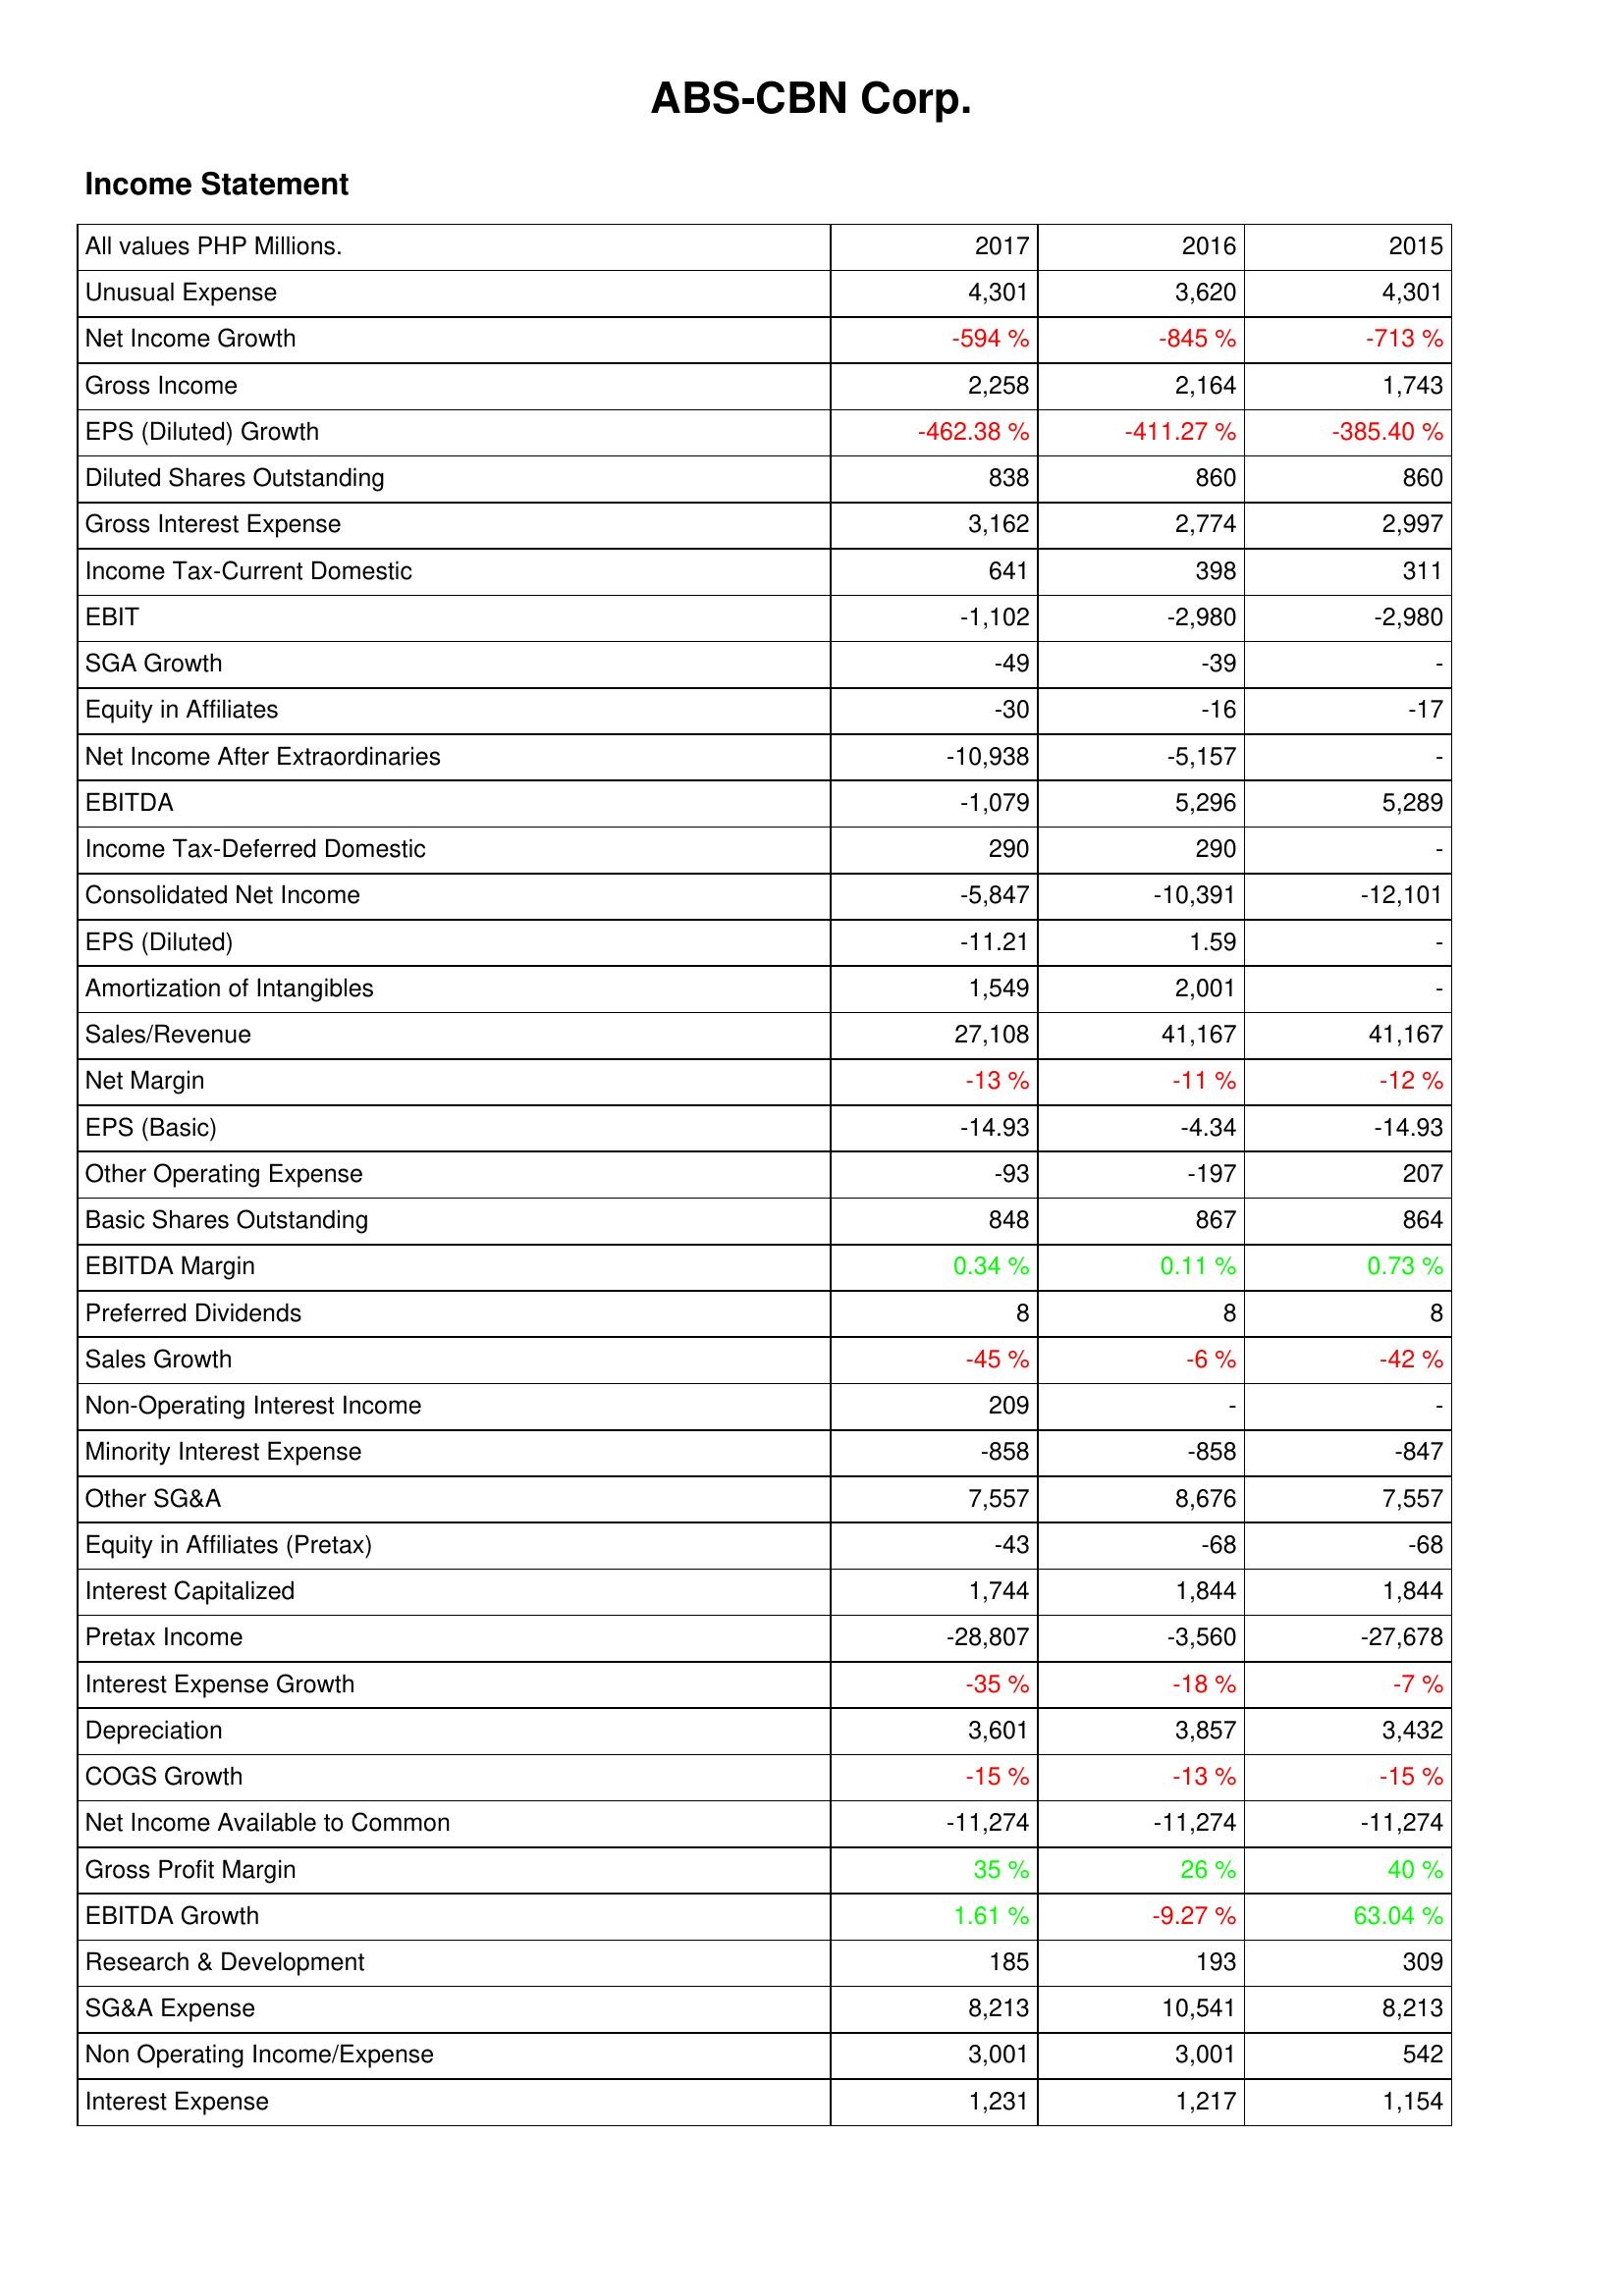
2017: Income Statement: Unusual Expense: 4,301
Net Income Growth: -594 %
Gross Income: 2,258
EPS (Diluted) Growth: -462.38 %
Diluted Shares Outstanding: 838
Gross Interest Expense: 3,162
Income Tax-Current Domestic: 641
EBIT: -1,102
SGA Growth: -49
Equity in Affiliates: -30
Net Income After Extraordinaries: -10,938
EBITDA: -1,079
Income Tax-Deferred Domestic: 290
Consolidated Net Income: -5,847
EPS (Diluted): -11.21
Amortization of Intangibles: 1,549
Sales/Revenue: 27,108
Net Margin: -13 %
EPS (Basic): -14.93
Other Operating Expense: -93
Basic Shares Outstanding: 848
EBITDA Margin: 0.34 %
Preferred Dividends: 8
Sales Growth: -45 %
Non-Operating Interest Income: 209
Minority Interest Expense: -858
Other SG&A: 7,557
Equity in Affiliates (Pretax): -43
Interest Capitalized: 1,744
Pretax Income: -28,807
Interest Expense Growth: -35 %
Depreciation: 3,601
COGS Growth: -15 %
Net Income Available to Common: -11,274
Gross Profit Margin: 35 %
EBITDA Growth: 1.61 %
Research & Development: 185
SG&A Expense: 8,213
Non Operating Income/Expense: 3,001
Interest Expense: 1,231
2016: Income Statement: Unusual Expense: 3,620
Net Income Growth: -845 %
Gross Income: 2,164
EPS (Diluted) Growth: -411.27 %
Diluted Shares Outstanding: 860
Gross Interest Expense: 2,774
Income Tax-Current Domestic: 398
EBIT: -2,980
SGA Growth: -39
Equity in Affiliates: -16
Net Income After Extraordinaries: -5,157
EBITDA: 5,296
Income Tax-Deferred Domestic: 290
Consolidated Net Income: -10,391
EPS (Diluted): 1.59
Amortization of Intangibles: 2,001
Sales/Revenue: 41,167
Net Margin: -11 %
EPS (Basic): -4.34
Other Operating Expense: -197
Basic Shares Outstanding: 867
EBITDA Margin: 0.11 %
Preferred Dividends: 8
Sales Growth: -6 %
Non-Operating Interest Income: -
Minority Interest Expense: -858
Other SG&A: 8,676
Equity in Affiliates (Pretax): -68
Interest Capitalized: 1,844
Pretax Income: -3,560
Interest Expense Growth: -18 %
Depreciation: 3,857
COGS Growth: -13 %
Net Income Available to Common: -11,274
Gross Profit Margin: 26 %
EBITDA Growth: -9.27 %
Research & Development: 193
SG&A Expense: 10,541
Non Operating Income/Expense: 3,001
Interest Expense: 1,217
2015: Income Statement: Unusual Expense: 4,301
Net Income Growth: -713 %
Gross Income: 1,743
EPS (Diluted) Growth: -385.40 %
Diluted Shares Outstanding: 860
Gross Interest Expense: 2,997
Income Tax-Current Domestic: 311
EBIT: -2,980
SGA Growth: -
Equity in Affiliates: -17
Net Income After Extraordinaries: -
EBITDA: 5,289
Income Tax-Deferred Domestic: -
Consolidated Net Income: -12,101
EPS (Diluted): -
Amortization of Intangibles: -
Sales/Revenue: 41,167
Net Margin: -12 %
EPS (Basic): -14.93
Other Operating Expense: 207
Basic Shares Outstanding: 864
EBITDA Margin: 0.73 %
Preferred Dividends: 8
Sales Growth: -42 %
Non-Operating Interest Income: -
Minority Interest Expense: -847
Other SG&A: 7,557
Equity in Affiliates (Pretax): -68
Interest Capitalized: 1,844
Pretax Income: -27,678
Interest Expense Growth: -7 %
Depreciation: 3,432
COGS Growth: -15 %
Net Income Available to Common: -11,274
Gross Profit Margin: 40 %
EBITDA Growth: 63.04 %
Research & Development: 309
SG&A Expense: 8,213
Non Operating Income/Expense: 542
Interest Expense: 1,154